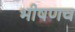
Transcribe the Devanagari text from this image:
भीषणच